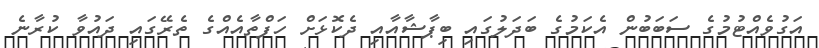
އަގުވެއްޓުމުގެ ސަބަބުން އެކަމުގެ ބަދަލުގައި ބިޕާޝާއާއި ދެކޮޅަށް ހަފްތާއެއްގެ ތެރޭގައި ދައުވާ ކުރާނެ